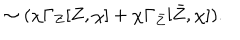
\sim ( \chi \Gamma _ { Z } [ Z , \chi ] + \chi \Gamma _ { \bar { Z } } [ \bar { Z } , \chi ] ) .